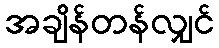
အချိန်တန်လျှင်